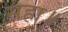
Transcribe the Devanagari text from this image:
सहा॥